Source: Handwritten
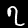
Digit: ၇ (7)